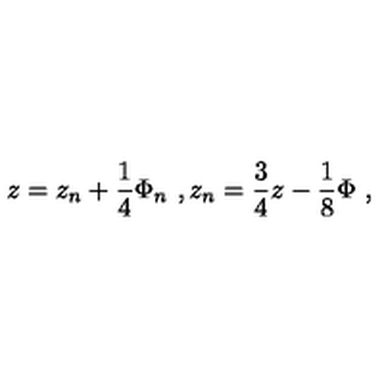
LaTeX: z = z _ { n } + \frac { 1 } { 4 } \Phi _ { n } \ , z _ { n } = \frac { 3 } { 4 } z - \frac { 1 } { 8 } \Phi \ ,